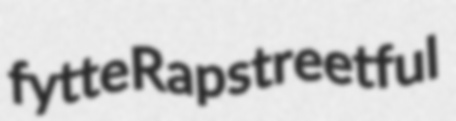
fytte Rap streetful